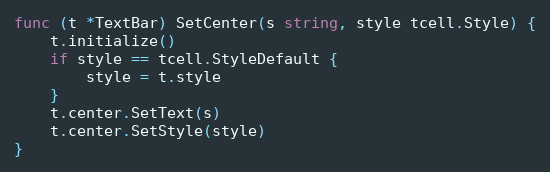
Language: Go
func (t *TextBar) SetCenter(s string, style tcell.Style) {
	t.initialize()
	if style == tcell.StyleDefault {
		style = t.style
	}
	t.center.SetText(s)
	t.center.SetStyle(style)
}